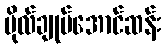
ဗိုလ်ချုပ်အောင်ဆန်း